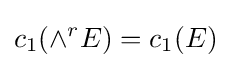
c_{1}(\wedge ^{r}E)=c_{1}(E)